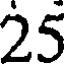
25